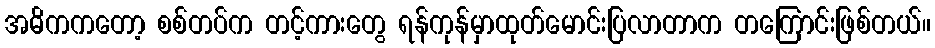
အဓိကကတော့ စစ်တပ်က တင့်ကားတွေ ရန်ကုန်မှာထုတ်မောင်းပြလာတာက တကြောင်းဖြစ်တယ်။